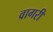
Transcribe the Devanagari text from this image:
वागरी